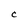
Character: C